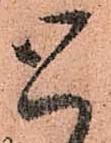
と